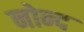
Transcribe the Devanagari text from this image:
नोन्द